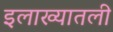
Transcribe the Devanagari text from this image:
इलाख्यातली